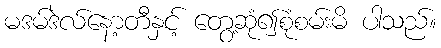
မဒမ်ဒဲလ်နော့တီနှင့် တွေ့ဆုံ၍စုံစမ်းမိ ပါသည်။